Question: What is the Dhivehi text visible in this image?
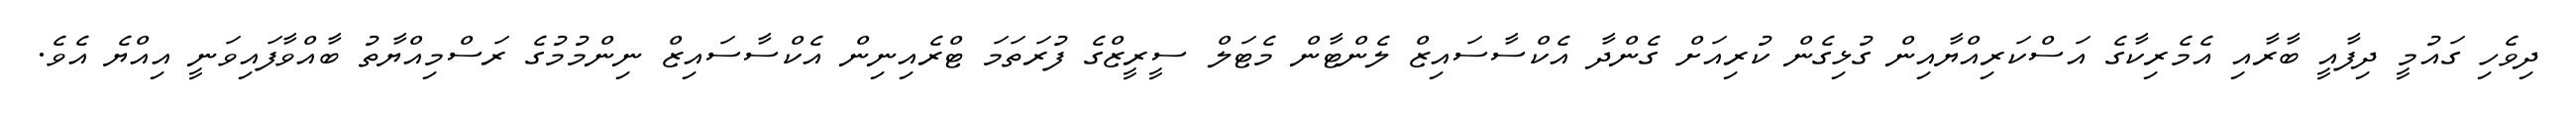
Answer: ދިވެހި ގައުމީ ދިފާއީ ބާރާއި އެމެރިކާގެ އަސްކަރިއްޔާއިން ގުޅިގެން ކުރިއަށް ގެންދާ އެކްސާސައިޒް ލެންޓާން މެޓަލް ސީރީޒްގެ ފުރަތަމަ ޓްރެއިނިން އެކްސާސައިޒް ނިންމުމުގެ ރަސްމިއްޔާތު ބާއްވާފައިވަނީ އިއްޔެ އެވެ.